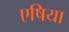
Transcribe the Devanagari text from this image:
एषिया